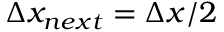
\Delta x _ { n e x t } = \Delta x / 2